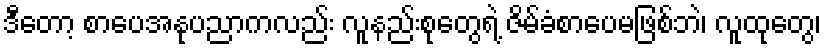
ဒီတော့ စာပေအနုပညာကလည်း လူနည်းစုတွေရဲ့ ဇိမ်ခံစာပေမဖြစ်ဘဲ၊ လူထုတွေ၊